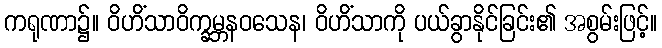
ကရုဏာ၌။ ဝိဟိံသာဝိက္ခမ္ဘနဝသေန၊ ဝိဟိံသာကို ပယ်ခွာနိုင်ခြင်း၏ အစွမ်းဖြင့်။